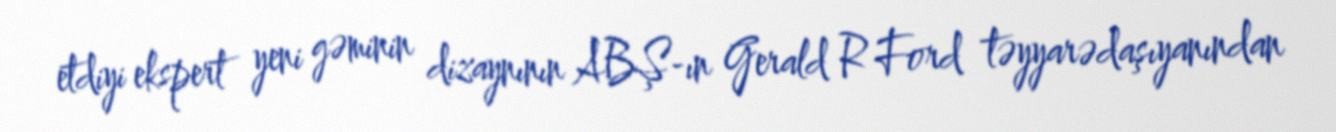
etdiyi ekspert yeni gəminin dizaynının ABŞ-ın Gerald R Ford təyyarədaşıyanından